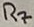
Text: R7